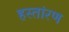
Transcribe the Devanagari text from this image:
हस्तांरण